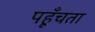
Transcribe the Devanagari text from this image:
पहूँचता